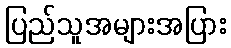
ပြည်သူအများအပြား